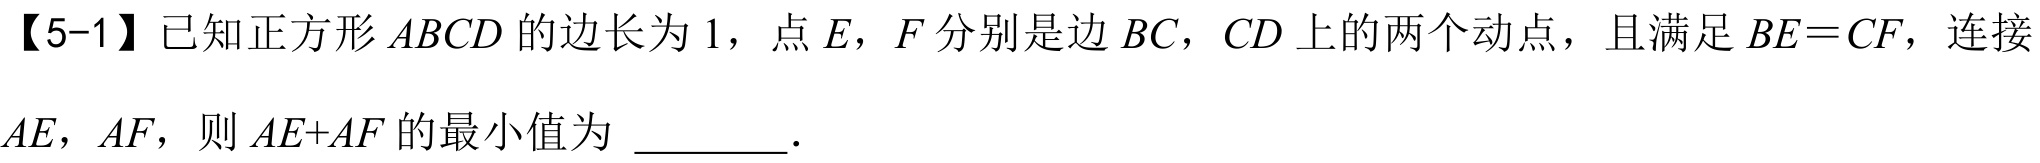
【5-1】已知正方形 \(ABCD\) 的边长为 \(1\)，点 \(E\)，\(F\) 分别是边 \(BC\)，\(CD\) 上的两个动点，且满足 \(BE = CF\)，连接 \(AE\)，\(AF\)，则 \(AE + AF\) 的最小值为 \_\_\_\_\_．